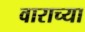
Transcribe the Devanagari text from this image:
वाराच्या